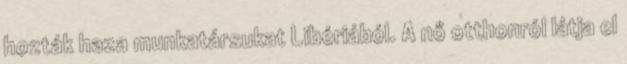
hozták haza munkatársukat Libériából. A nő otthonról látja el